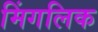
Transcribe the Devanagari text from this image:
मिंगलिक